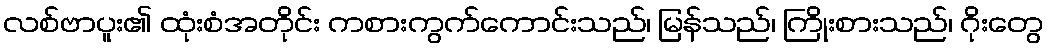
လစ်ဗာပူး၏ ထုံးစံအတိုင်း ကစားကွက်ကောင်းသည်၊ မြန်သည်၊ ကြိုးစားသည်၊ ဂိုးတွေ